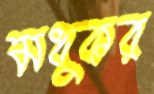
মধুকর